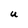
Character: U